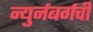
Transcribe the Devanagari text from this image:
न्युर्नबर्गची